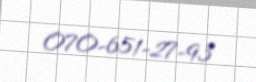
070-651-27-93